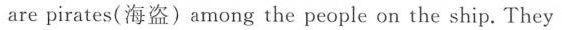
are pirates(海盗)among the people on the ship.They